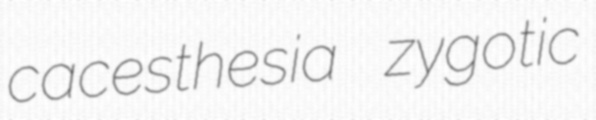
cacesthesia zygotic